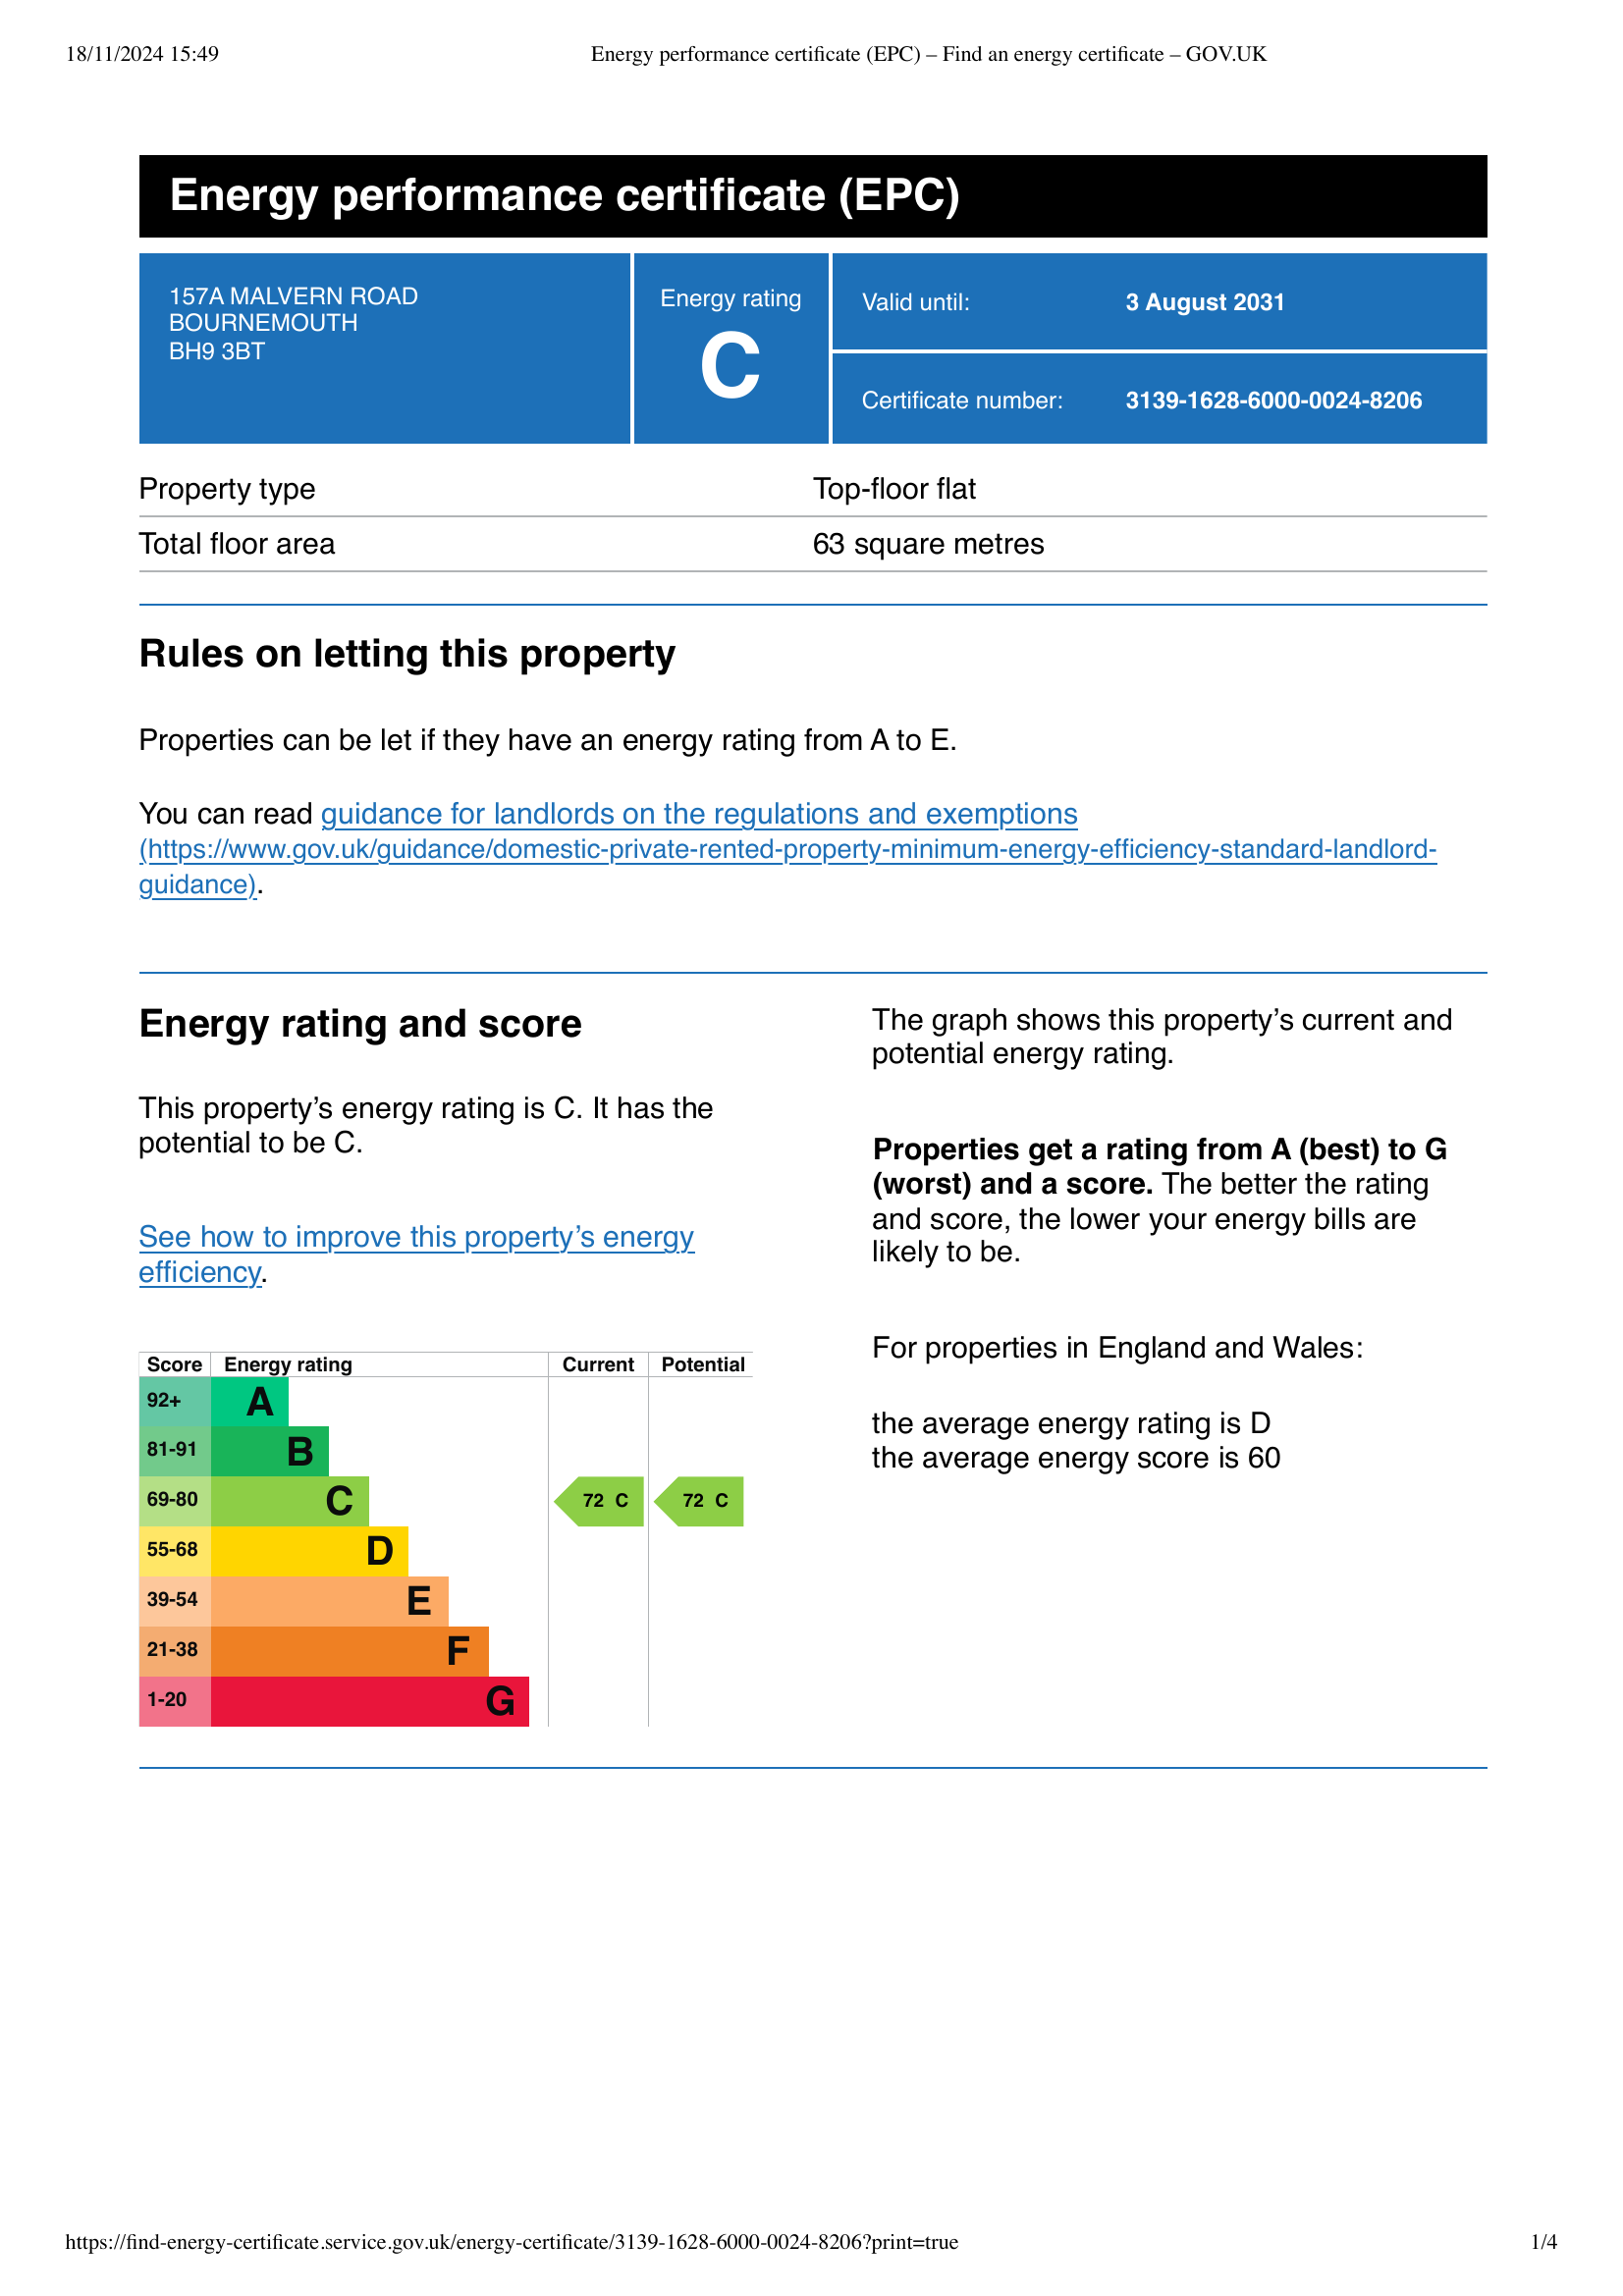
Current energy efficiency rating: C (score 72)
Potential energy efficiency rating: C (score 72)
Current environmental impact (CO2) rating: C (score )
Potential environmental impact (CO2) rating: C (score )